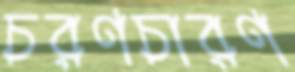
চরণচারণ